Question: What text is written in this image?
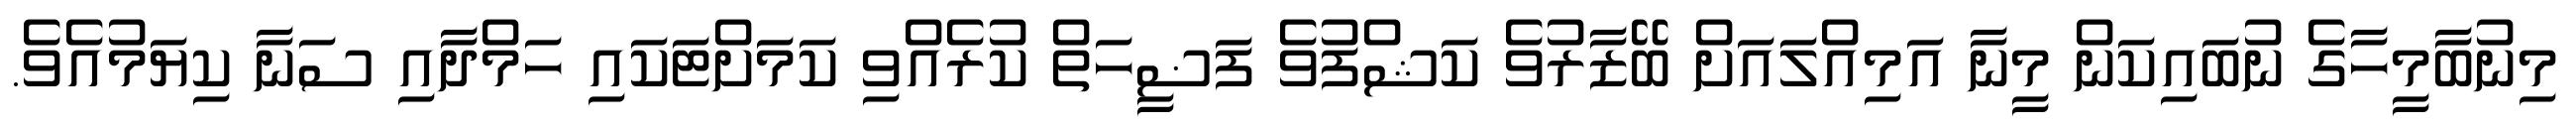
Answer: މިނުބާމީހާގެ ނުބައިކަން މީނާ އަމިއްލައަށް ބޭޒާރުވެ ކަޝްފުވެ ފަޟީހަތް ކުރެއްވި ކަމަށްޓަކައި ހަމްދާއި ސަނާ ކިޔަމުއެވެ.